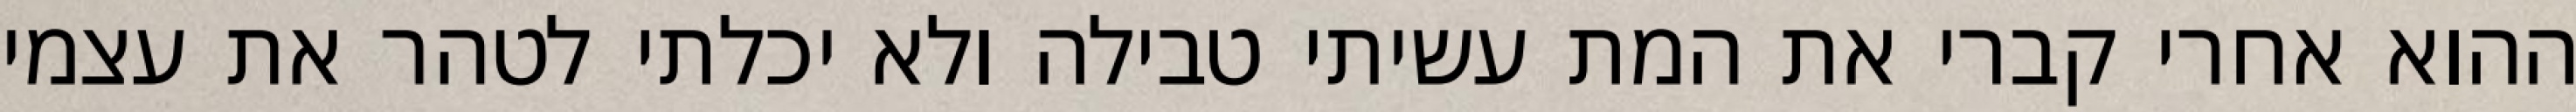
ההוא אחרי קברי את המת עשיתי טבילה ולא יכלתי לטהר את עצמי